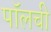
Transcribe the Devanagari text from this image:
पॉलची